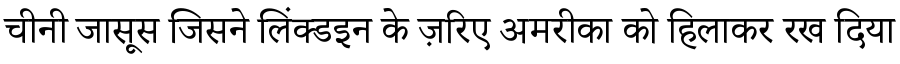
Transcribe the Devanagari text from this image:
चीनी जासूस जिसने लिंक्डइन के ज़रिए अमरीका को हिलाकर रख दिया